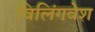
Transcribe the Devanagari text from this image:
विलिंगवेश